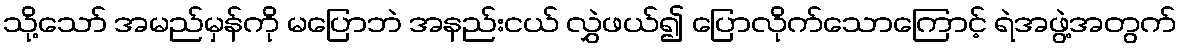
သို့သော် အမည်မှန်ကို မပြောဘဲ အနည်းငယ် လွှဲဖယ်၍ ပြောလိုက်သောကြောင့် ရဲအဖွဲ့အတွက်